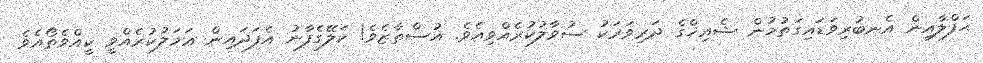
ޙަފްލާއިން އެނބުރިވަޑައިގަތުމުން ޝެއިޚްގެ ދަރިވަރަކު ސުވާލުކުރެއްވިއެވެ. އުސްތާޒެވެ! ކަލޭގެފާނު އެފަދައިން ޢަމަލުކުރެއްވީ ކީއްވެތޯއެވެ